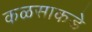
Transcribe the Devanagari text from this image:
कळसाकडे